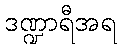
ဒဏ္ဍာရီအရ